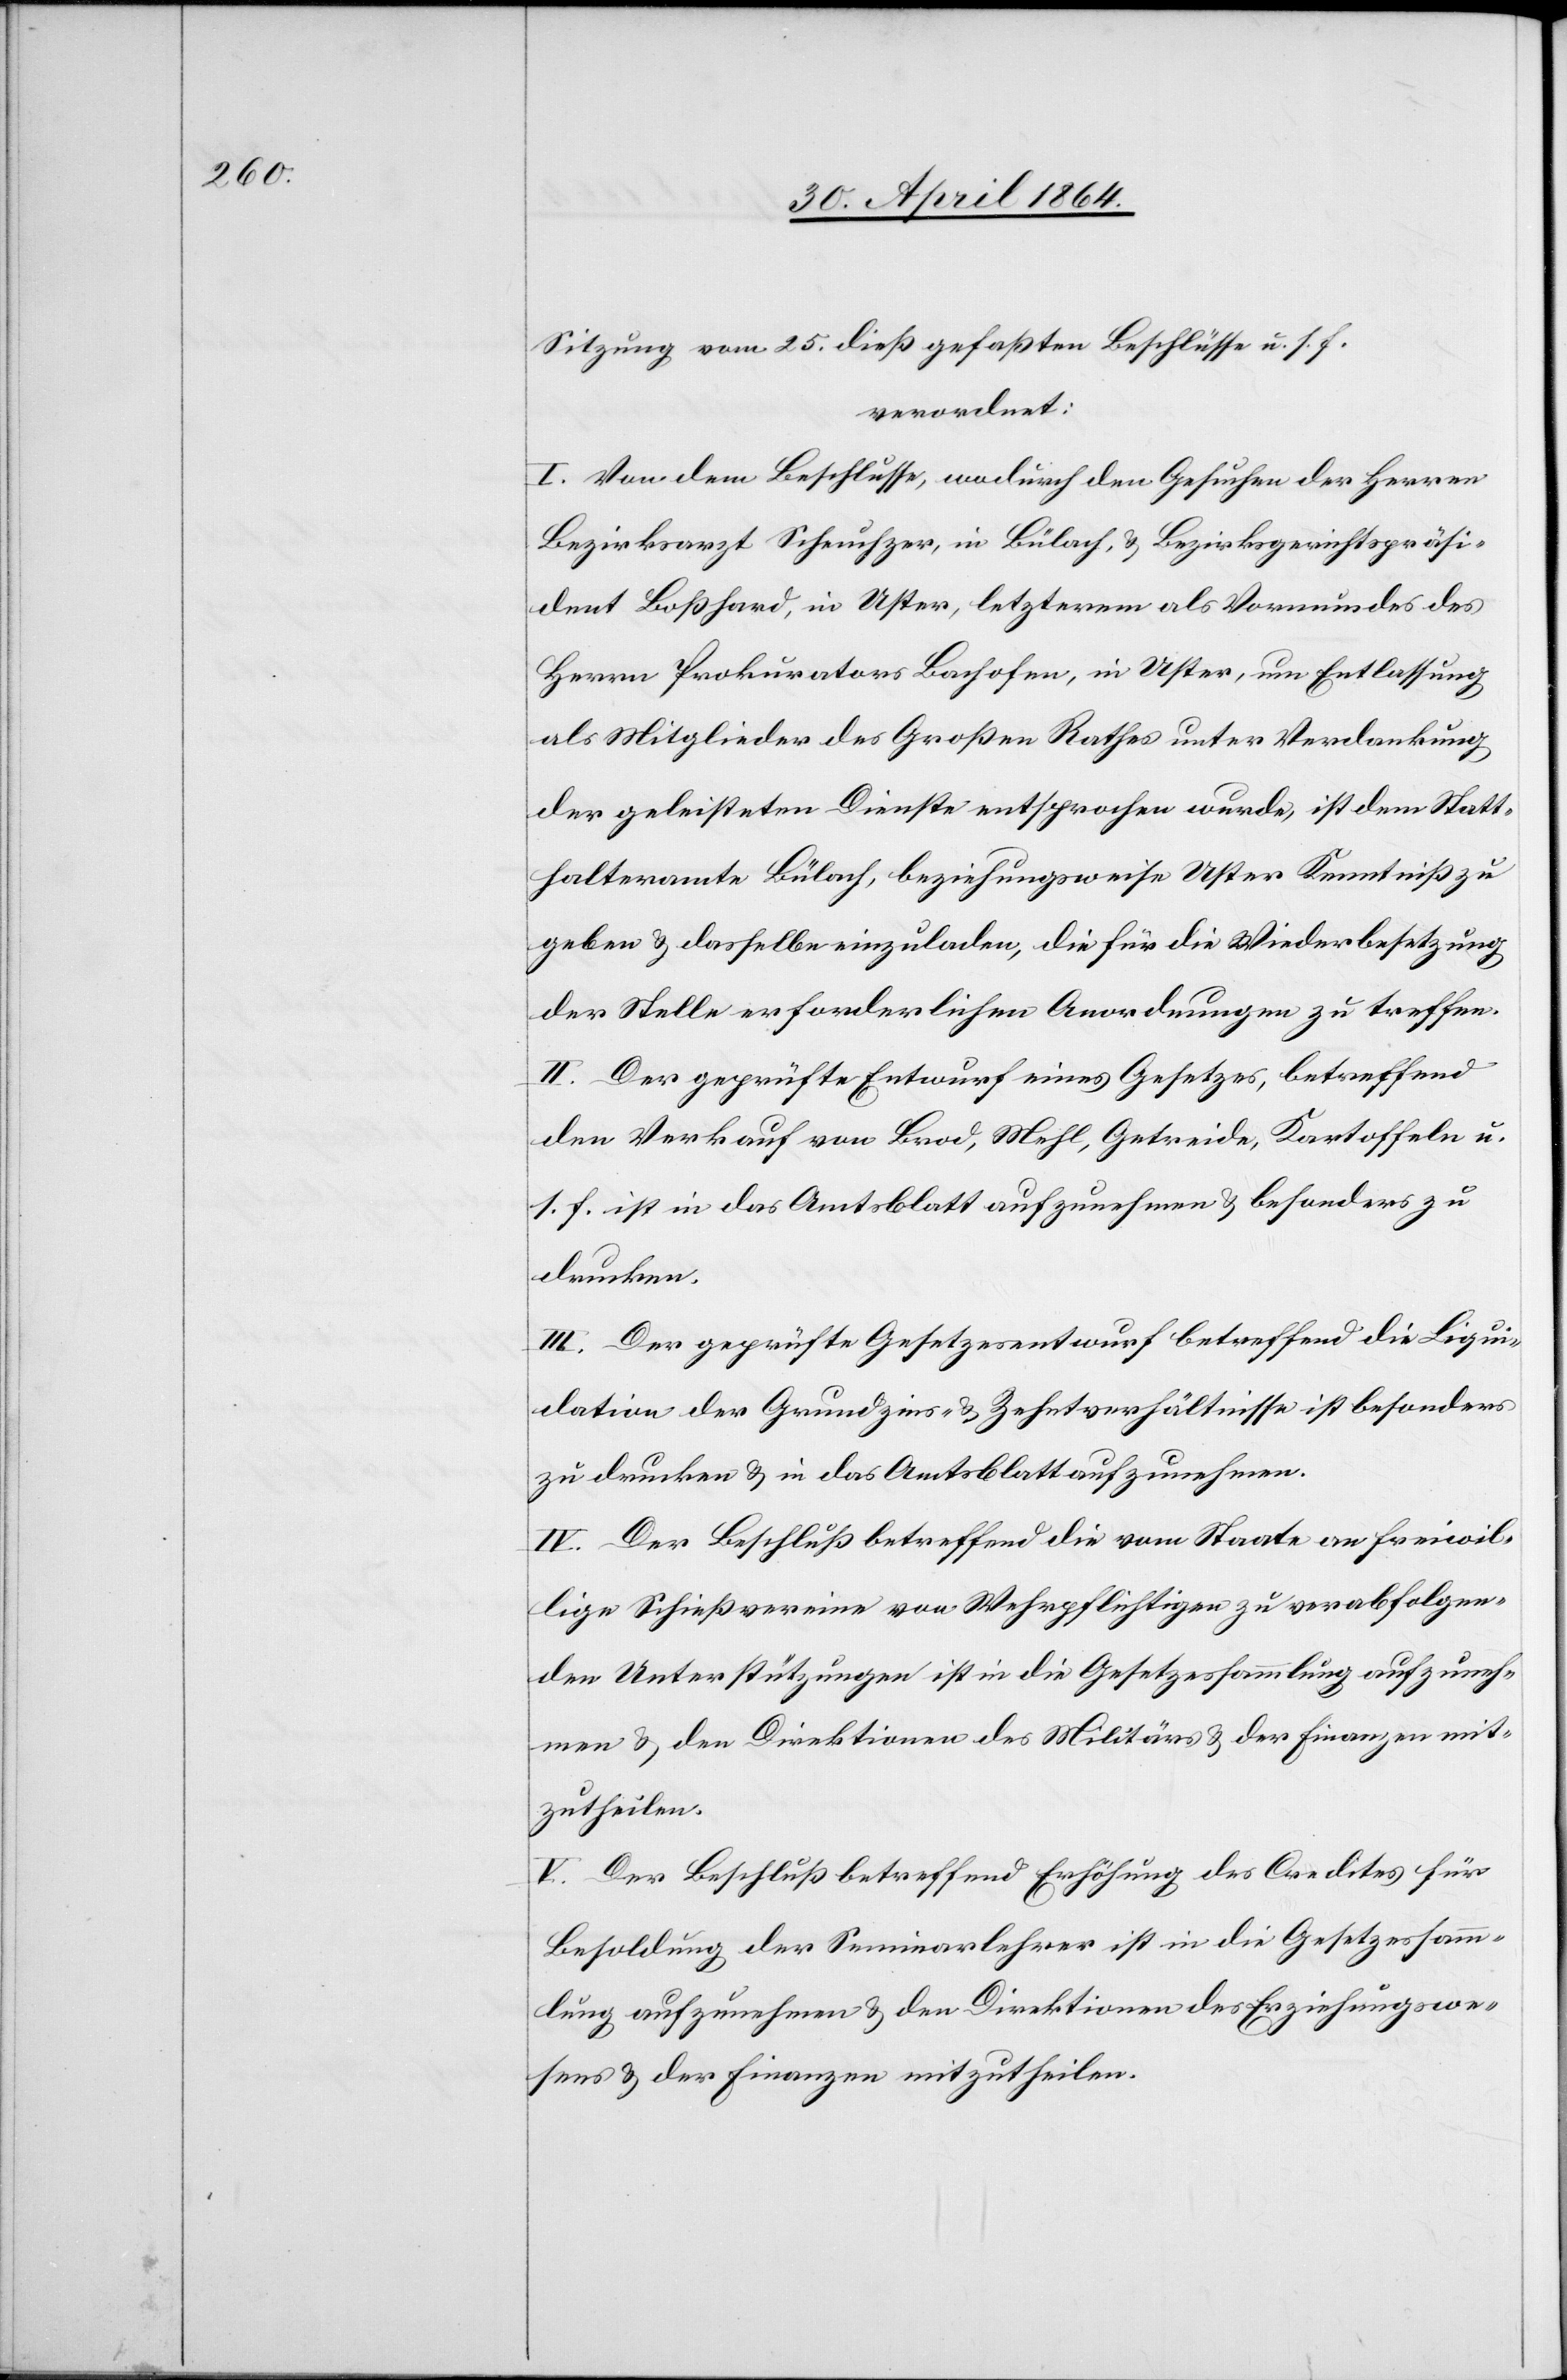
Sitzung vom 25. dieß gefaßten Beschlüsse u. s. f.
verordnet:
I. Von dem Beschlusse, wodurch den Gesuchen der Herren
Bezirksärzte Scheuchzer, in Bülach, u. Bezirksgerichtspräsi¬
dent Boßhard, in Uster, letzterm als Vormundes des
Herrn Prokurators Bachofen, in Uster, um Entlassung
als Mitglieder des Großen Rathes unter Verdankung
der geleisteten Dienste entsprochen wurde, ist dem Statt¬
halteramte Bülach, beziehungsweise Uster Kenntniß zu
geben u. dasselbe einzuladen, die für die Wiederbesetzung
der Stelle erforderlichen Anordnungen zu treffen.
II. Der geprüfte Entwurf eines Gesetzes, betreffend
den Verkauf von Brod, Mehl, Getreide, Kartoffeln u.
s. f. ist in das Amtsblatt aufzunehmen u. besonders zu
drucken.
III. Der geprüfte Gesetzesentwurf betreffend die Liqui¬
dation der Grundzins- u. Zehntsverhältnisse ist besonders
zu drucken u. in das Amtsblatt aufzunehmen.
IV. Der Beschluß betreffend die vom Staate an freiwil¬
lige Schießvereine von Wehrpflichtigen zu verabfolgen¬
den Unterstützungen ist in die Gesetzessammlung aufzuneh¬
men u. den Direktionen des Militärs u. der Finanzen mit¬
zutheilen.
V. Der Beschluß betreffend Erhöhung des Credites für
Besoldung der Seminarlehrer ist in die Gesetzessammm¬
lung aufzunehmen u. den Direktionen des Erziehungswe¬
sens u. der Finanzen mitzutheilen.